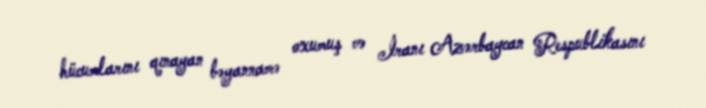
hücumlarını qınayan bəyannamə oxumuş və İranı Azərbaycan Respublikasını